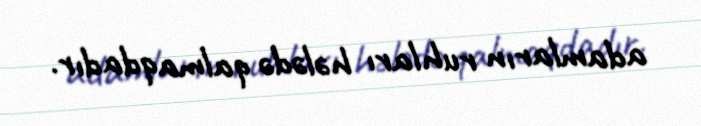
adamların ruhları hələdə qalmaqdadır.